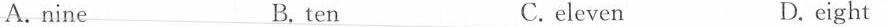
A.nine B. ten C. eleven D. eight